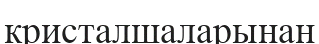
кристалшаларынан